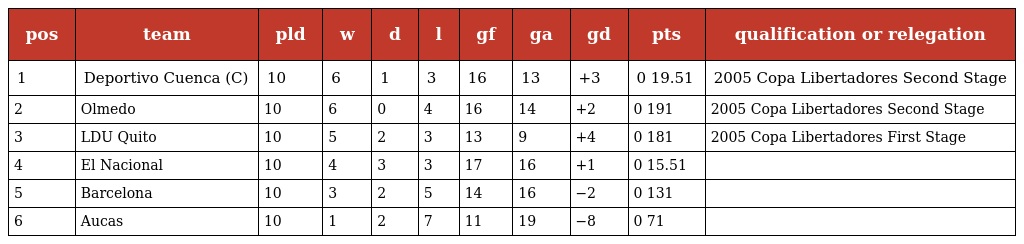
| pos | team | pld | w | d | l | gf | ga | gd | pts | qualification or relegation |
 | --- | --- | --- | --- | --- | --- | --- | --- | --- | --- | --- |
 | 1 | Deportivo Cuenca (C) | 10 | 6 | 1 | 3 | 16 | 13 | +3 | 0 19.51 | 2005 Copa Libertadores Second Stage |
 | 2 | Olmedo | 10 | 6 | 0 | 4 | 16 | 14 | +2 | 0 191 | 2005 Copa Libertadores Second Stage |
 | 3 | LDU Quito | 10 | 5 | 2 | 3 | 13 | 9 | +4 | 0 181 | 2005 Copa Libertadores First Stage |
 | 4 | El Nacional | 10 | 4 | 3 | 3 | 17 | 16 | +1 | 0 15.51 |  |
 | 5 | Barcelona | 10 | 3 | 2 | 5 | 14 | 16 | −2 | 0 131 |  |
 | 6 | Aucas | 10 | 1 | 2 | 7 | 11 | 19 | −8 | 0 71 |  |